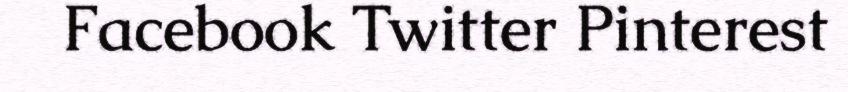
Facebook Twitter Pinterest